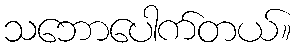
သဘောပေါက်တယ်။